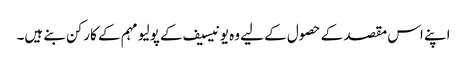
اپنے اس مقصد کے حصول کے لیے وہ یونیسیف کے پولیو مہم کے کارکن بنے ہیں۔